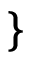
\}